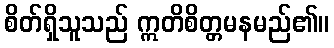
စိတ်ရှိသူသည် ဣတိစိတ္တမနမည်၏။